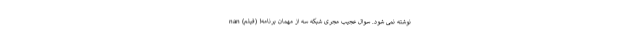
نوشته نمی شود. سوال عجیب مجری شبکه سه از مهمان برنامه! (فیلم) nan